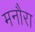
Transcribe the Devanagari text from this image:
मनौरा